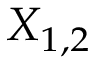
X _ { 1 , 2 }